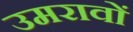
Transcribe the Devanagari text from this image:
उमरावों